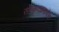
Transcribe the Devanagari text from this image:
संस्कृतप्रमाणेच